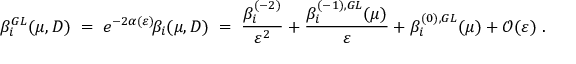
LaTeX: \beta _ { i } ^ { G L } ( \mu , D ) \; = \; e ^ { - 2 \alpha ( \varepsilon ) } \! \beta _ { i } ( \mu , D ) \; = \; \frac { \beta _ { i } ^ { ( - 2 ) } } { \varepsilon ^ { 2 } } + \frac { \beta _ { i } ^ { ( - 1 ) , G L } ( \mu ) } { \varepsilon } + \beta _ { i } ^ { ( 0 ) , G L } ( \mu ) + \mathcal { O } ( \varepsilon ) \; .